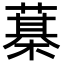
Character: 𦻆